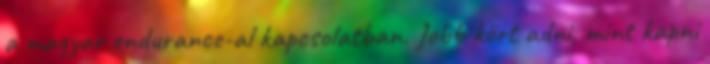
a magyar endurance-al kapcsolatban. Jobb kört adni, mint kapni